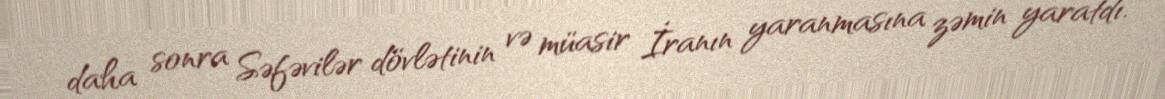
daha sonra Səfəvilər dövlətinin və müasir İranın yaranmasına zəmin yaratdı.